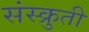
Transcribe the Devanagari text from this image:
संस्क्रुती